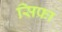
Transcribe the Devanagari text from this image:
सिफ्रा